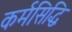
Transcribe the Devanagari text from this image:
कर्मसिद्धि